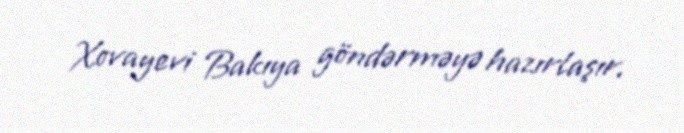
Xovayevi Bakıya göndərməyə hazırlaşır.